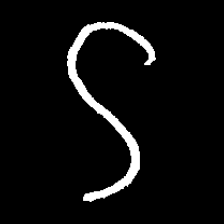
Pyu character \u2014 Myanmar letter: ဌ (romanized: ttha)